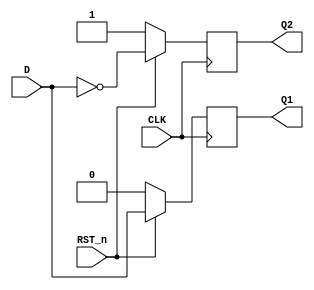
`timescale 1ns / 1ps
module Synchronous_D_FF(
    input CLK, //
    input D, // D
    input RST_n, //
    output reg Q1 = 1, // Q
    output reg Q2 = 0 // ?
);
    always@(posedge CLK) begin
        if(RST_n == 0) begin
            Q1 <= 1'b0;
            Q2 <= 1'b1;        
        end
        else begin
            Q1 = D;
            Q2 = ~Q1;
        end
    end
endmodule